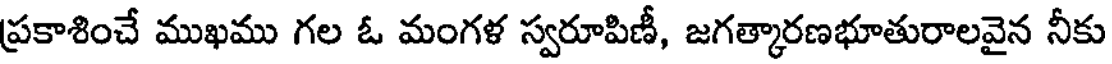
ప్రకాశించే ముఖము గల ఓ మంగళ స్వరూపిణీ, జగత్కారణభూతురాలవైన నీకు